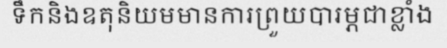
ទឹកនិងឧតុនិយមមានការព្រួយបារម្ភជាខ្លាំង